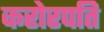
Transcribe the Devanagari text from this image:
करोरपति